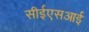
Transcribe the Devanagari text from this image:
सीईएसआई